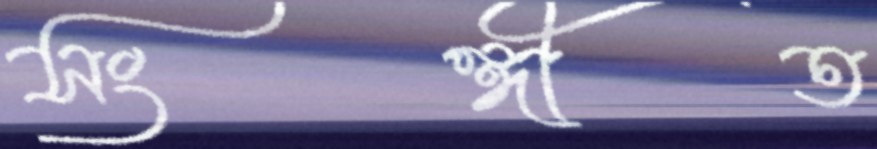
সংঙ্গীত